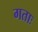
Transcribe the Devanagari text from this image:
गताः